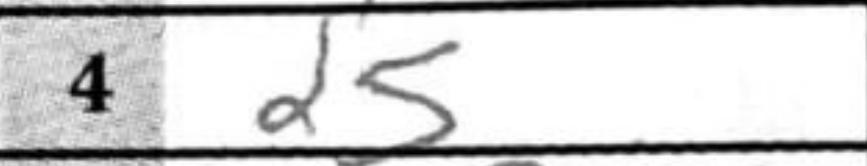
Transcription: d5